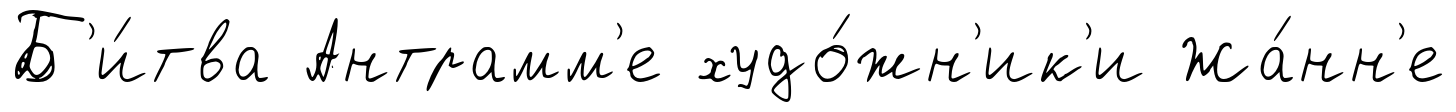
Б'и́тва Антрамм'е худо́жн'ик'и Жа́нн'е